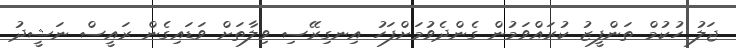
ޖަލު ހުކުމް ތަންފީޒު ކުރައްވަމުން ގެންދެވުމަށްފަހު އިނގިރޭސި ވިލާތަށް ވަޑައިގެން ރައީސް ނަޝީދު